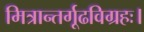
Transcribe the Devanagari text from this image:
मित्रान्तर्गूढविग्रहः।